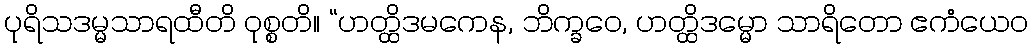
ပုရိသဒမ္မသာရထီတိ ဝုစ္စတိ။ “ဟတ္ထိဒမကေန, ဘိက္ခဝေ, ဟတ္ထိဒမ္မော သာရိတော ဧကံယေဝ